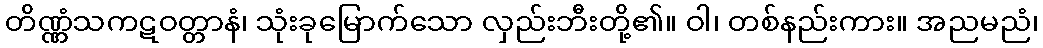
တိဏ္ဏံသကဋဝတ္တာနံ၊ သုံးခုမြောက်သော လှည်းဘီးတို့၏။ ဝါ၊ တစ်နည်းကား။ အညမညံ၊